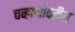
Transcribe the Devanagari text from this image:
चव्हाणांवरील